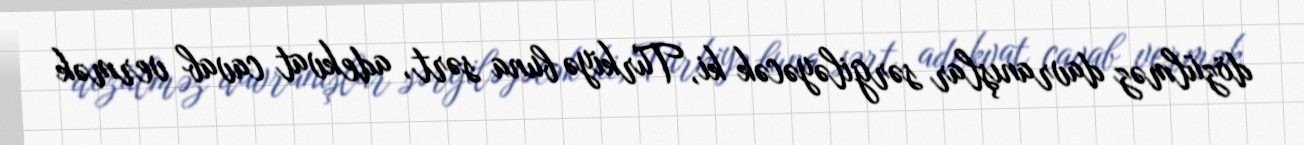
dözülməz davranışlar sərgiləyəcək ki, Türkiyə buna sərt, adekvat cavab vermək